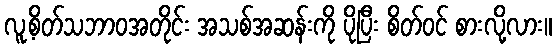
လူ့စိတ်သဘာဝအတိုင်း အသစ်အဆန်းကို ပိုပြီး စိတ်ဝင် စားလို့လား။